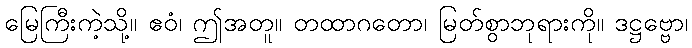
မြေကြီးကဲ့သို့။ ဧဝံ၊ ဤအတူ။ တထာဂတော၊ မြတ်စွာဘုရားကို။ ဒဋ္ဌဗ္ဗော၊